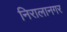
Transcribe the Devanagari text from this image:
निरालानगर